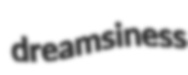
dreamsiness